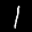
Label: 1